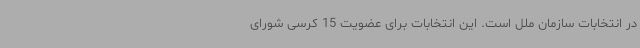
در انتخابات سازمان ملل است. این انتخابات برای عضویت 15 کرسی شورای